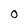
Character: O